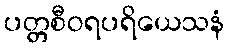
ပတ္တစီဝရပရိယေသနံ